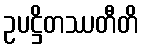
ဥပဋ္ဌိတဿတီတိ